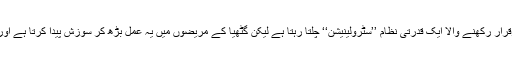
لوگوں کے جسم میں پروٹین کی پیداوار کو برقرار رکھنے والا ایک قدرتی نظام ’’سِٹرولینیشن‘‘ چلتا رہتا ہے لیکن گٹھیا کے مریضوں میں یہ عمل بڑھ کر سوزش پیدا کرتا ہے اور ہڈیوں کے درمیان بافتوں کو متاثر کرتا ہے۔